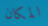
المكان